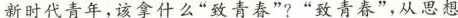
新时代青年，该拿什么”致青春”?”致青春”，从思想